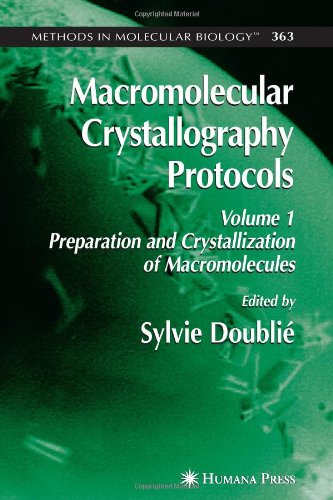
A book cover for Macromolecular Crystallography Protocols, Volume 1: Preparation and Crystallization of Macromolecules (Methods in Molecular Biology); Science & Math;